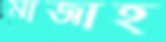
মাজাহ